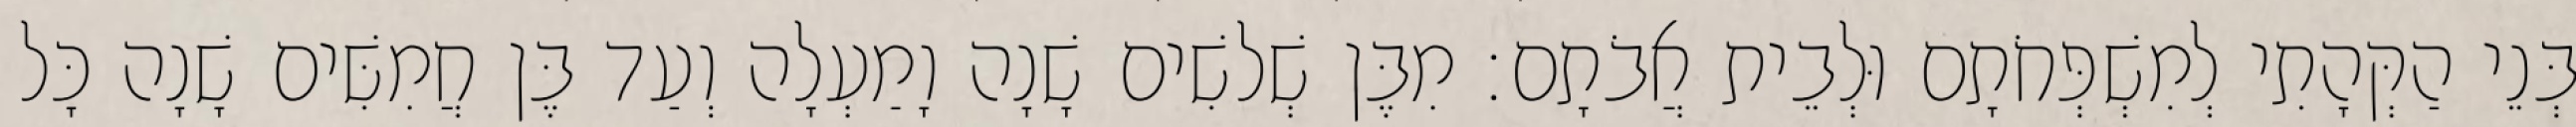
בְּנֵי הַקְּהָתִי לְמִשְׁפְּחֹתָם וּלְבֵית אֲבֹתָם׃ מִבֶּן שְׁלשִׁים שָׁנָה וָמַעְלָה וְעַד בֶּן חֲמִשִּׁים שָׁנָה כָּל